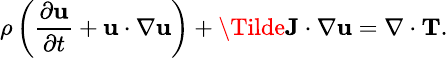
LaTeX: \small\rho\left(\frac{\partial\textbf{u}}{\partial t}+\textbf{u}\cdot\nabla\textbf{u}\right)+\Tilde{\textbf{J}}\cdot\nabla\textbf{u}=\nabla\cdot\textbf{T}.